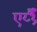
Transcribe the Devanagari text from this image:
एर्य्थ्रैँ